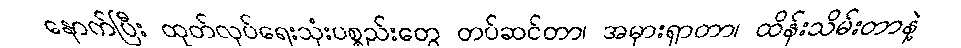
နောက်ပြီး ထုတ်လုပ်ရေးသုံးပစ္စည်းတွေ တပ်ဆင်တာ၊ အမှားရှာတာ၊ ထိန်းသိမ်းတာနဲ့